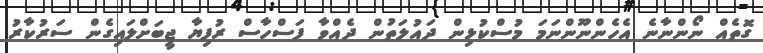
ގޮތެއް ނޯންނާނެ އެހެންނޫންނަމަ މުސްކުޅިން ދައުލަތުން ދެއްވާ ފަސްހާސް ރުފިޔާ ޖީބަށްލައިގެން ސަރުކާރު